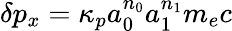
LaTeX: \delta p_{x}=\kappa_{p}a_{0}^{n_{0}}a_{1}^{n_{1}}m_{e}c